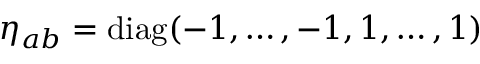
\eta _ { a b } = \mathrm { d i a g } ( - 1 , \ldots , - 1 , 1 , \ldots , 1 )